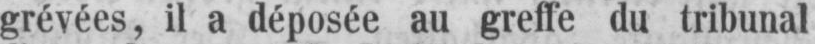
grévées, il a déposée au greffe du tribunal